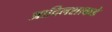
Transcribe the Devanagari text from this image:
आदिलशाकडे